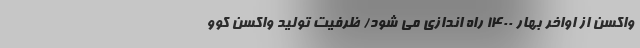
واکسن از اواخر بهار ۱۴۰۰ راه اندازی می شود/ ظرفیت تولید واکسن کوو